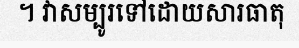
។ វាសម្បូរទៅដោយសារធាតុ